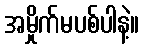
အမှိုက်မပစ်ပါနဲ့။